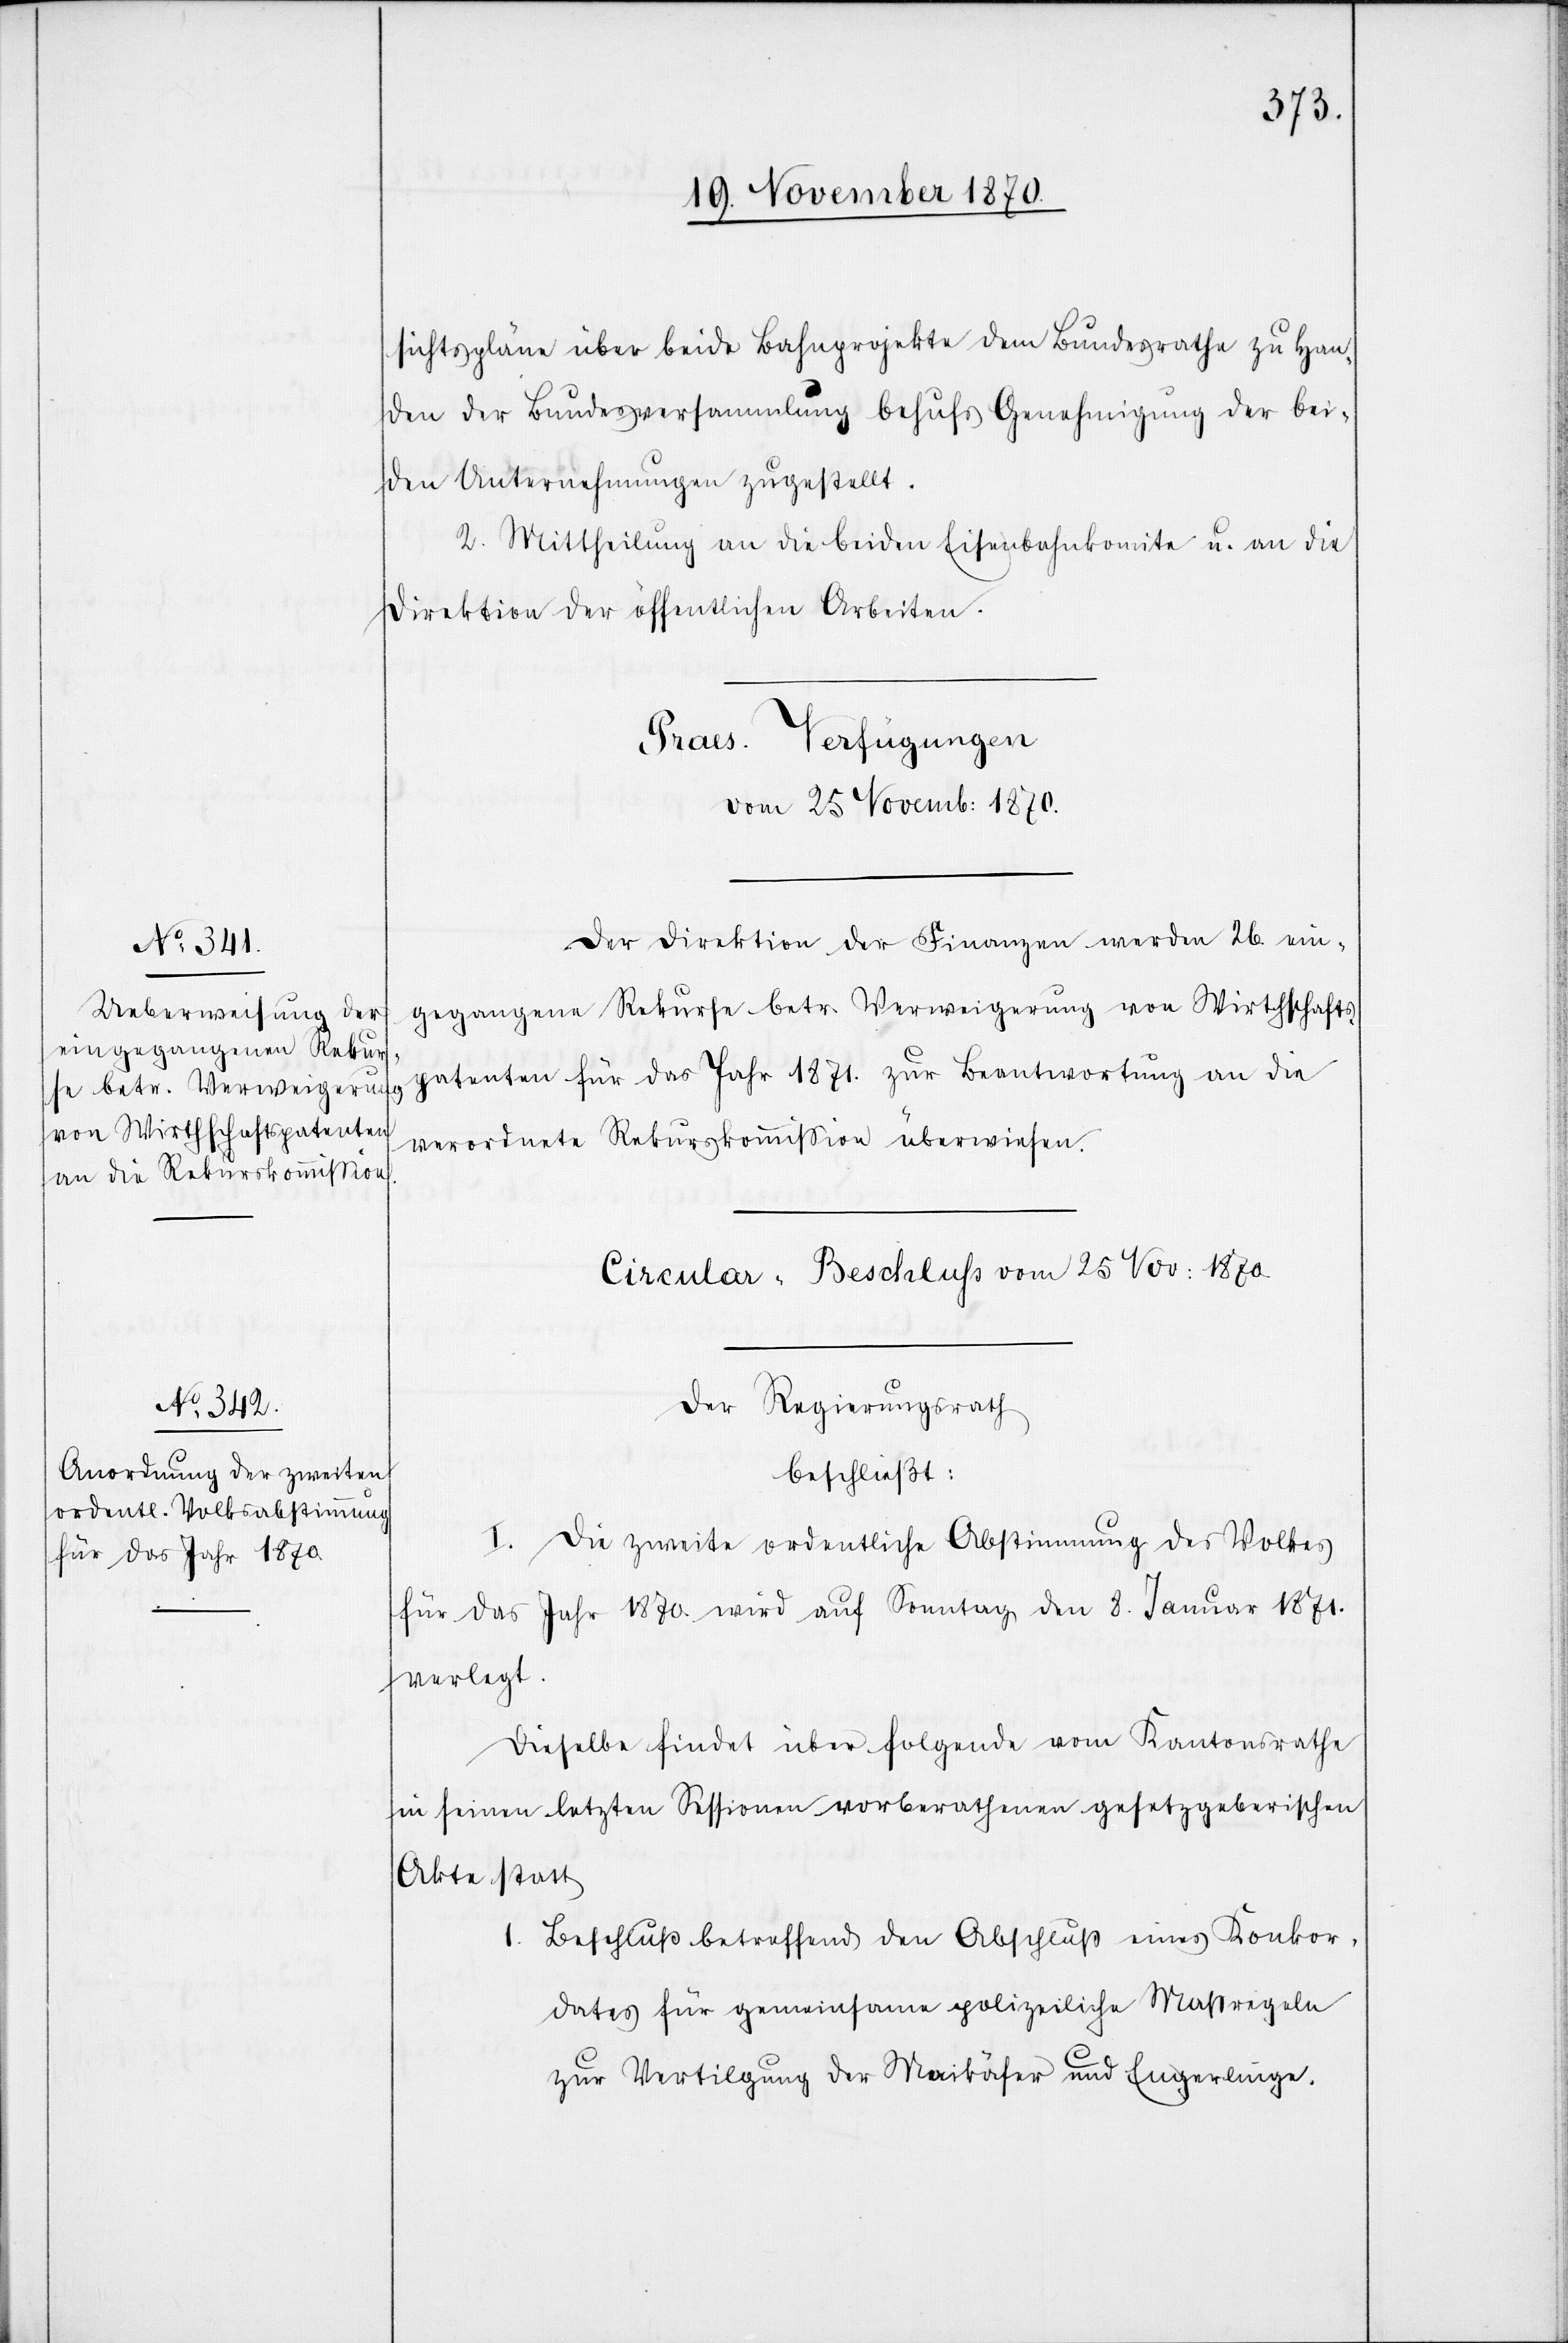
sichtspläne über beide Bahnprojekte dem Bundesrathe zu Han¬
den der Bundesversammlung behufs Genehmigung der bei¬
den Untersuchungen zugestellt.
2. Mittheilung an die beiden Eisenbahnkomite u. an die
Direktion der öffentlichen Arbeiten.
Praes. Verfügungen
vom 25. Novemb: 1870.
Der Direktion der Finanzen werden 26. ein¬
gegangene Rekurse betr. Verweigerung von Wirthschafts¬
patenten für das Jahr 1871. zur Beantwortung an die
verordnete Rekurskommißion überwiesen.
Cirkular-Beschluß vom 25 Nov: 1870.
Der Regierungsrath
beschließt:
I. Die zweite ordentliche Abstimmung des Volkes
für das Jahr 1870. wird auf Sonntag den 8. Januar 1871.
verlegt.
Dieselbe findet über folgende vom Kantonsrathe
in seinen letzten Sessionen vorberathenen gesetzgeberischen
Akte statt
1. Beschluß betreffend den Abschluß eines Konkor¬
dates für gemeinsame polizeiliche Maßregeln
zur Vertilgung der Maikäfer und Engerlingen.